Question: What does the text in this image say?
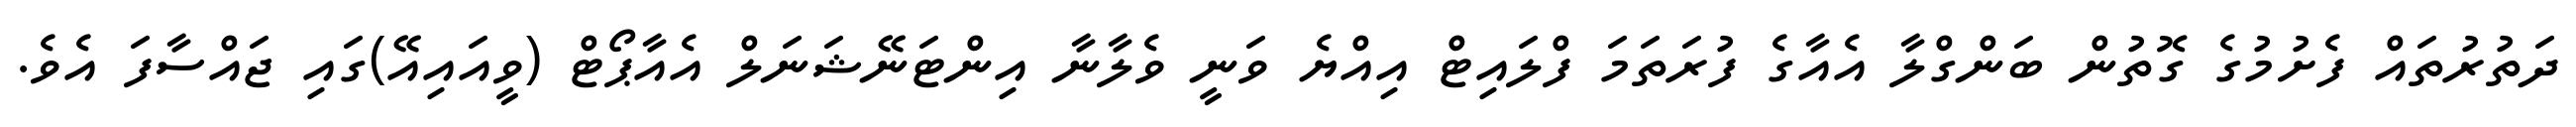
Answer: ދަތުރުތައް ފެށުމުގެ ގޮތުން ބަންގްލާ އެއާގެ ފުރަތަމަ ފްލައިޓް އިއްޔެ ވަނީ ވެލާނާ އިންޓަނޭޝަނަލް އެއާޕޯޓް (ވީއައިއޭ)ގައި ޖައްސާފަ އެވެ.